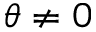
\theta \neq 0